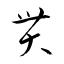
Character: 貫